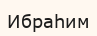
Ибраһим